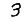
Digit: 3